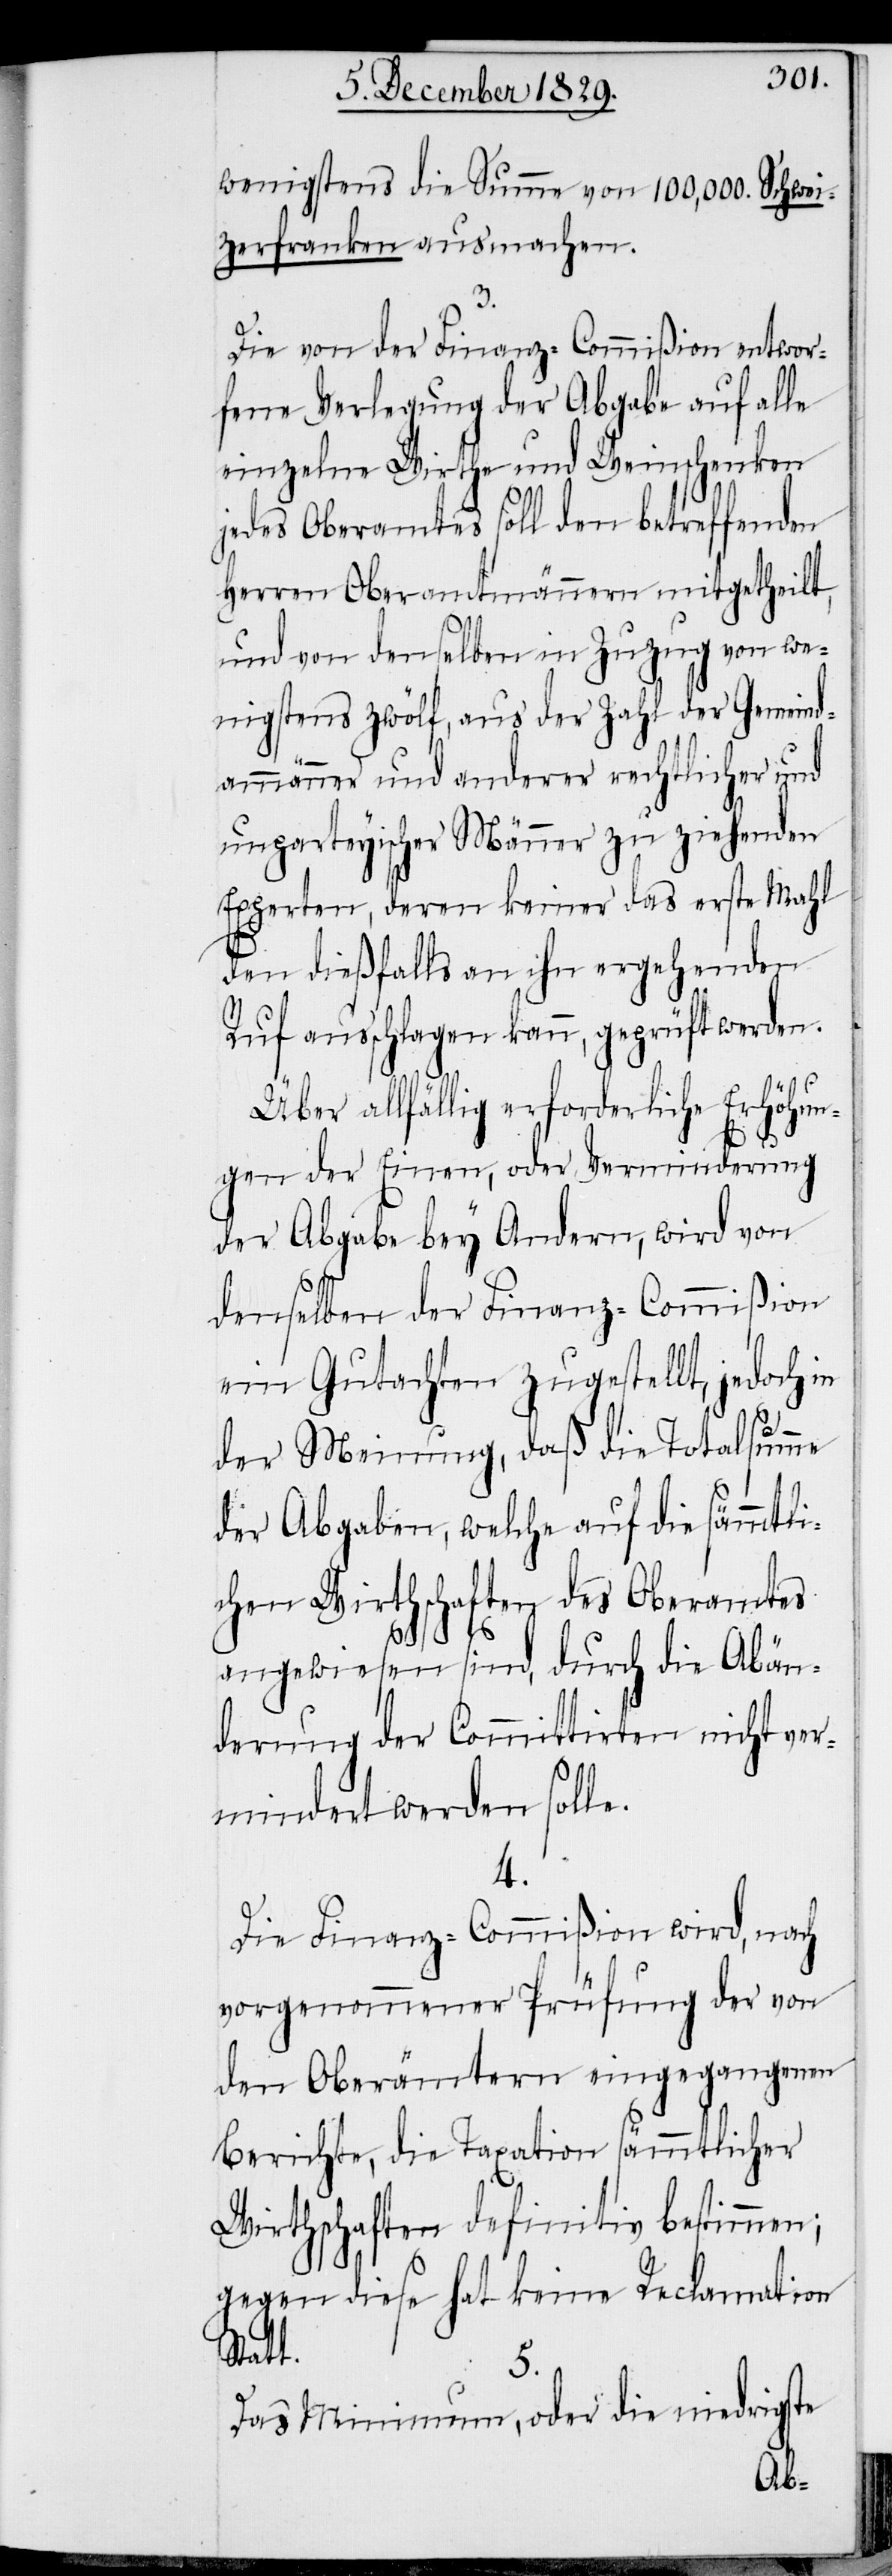
wenigstens die Summe von 100,000. Schwei¬
zerfranken ausmachen.
3.
Die von der Finanz-Commißion entwor¬
fene Verlegung der Abgabe auf alle
einzelne Wirthe und Weinschenken
jedes Oberamtes soll den betreffenden
Herren Oberamtmännern mitgetheilt,
und von demselben in Zuzug von we¬
nigstens zwölf, aus der Zahl der Gemeind¬
ammänner und anderer rechtlicher und
unparteyischer Männer zu ziehenden
Experten, deren keiner das erste Mahl
den dießfalls an ihn ergehenden
Ruf ausschlagen kann, geprüft werden.
Über allfällig erforderliche Erhöhun¬
gen oder Einen, oder Verminderung
der Abgabe bey Andern, wird von
denselben der Finanz-Commißion
ein Gutachten zugestellt, jedoch in
der Meinung, daß die Totalsumme
der Abgaben, welche auf die sämmtli¬
chen Wirthschaften des Oberamtes
angewiesen sind, durch die Abän¬
derung der Committirten nicht ver¬
mindert werden solle.
4.
Die Finanz-Commißion wird, nach
vorgenommener Prüfung der von
den Oberämtern eingegangenen
Berichte, die Taxation sämmtlicher
Wirthschaften definitiv bestimmen;
gegen diese hat keine Reclamation
t.
5.
Das Minimum, oder die niedrigste